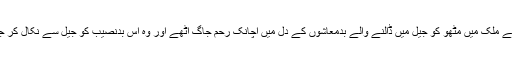
یا (اور اس امکان پر اس کا دل اچھل کر حلق میں آنے لگا) کسی برفیلے ملک میں مٹھو کو جیل میں ڈالنے والے بدمعاشوں کے دل میں اچانک رحم جاگ اٹھے اور وہ اس بدنصیب کو جیل سے نکال کر جہاز میں سوار کرادیں کہ جاؤ تمہاری ماں تمہارا انتظار کر رہی ہے۔